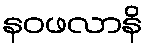
နဝဖလာနိ